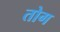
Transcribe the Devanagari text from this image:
तोग